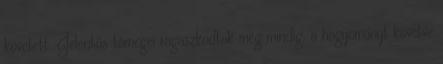
követett. Jelentős tömegei ragaszkodtak még mindig, a hagyományt követve